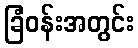
ခြံဝန်းအတွင်း